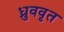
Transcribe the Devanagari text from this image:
ध्रुववृत